Annual report of the Civil Veterinary Department, Bengal, for the year 1895-96 - 1895-1896
Year: 1895
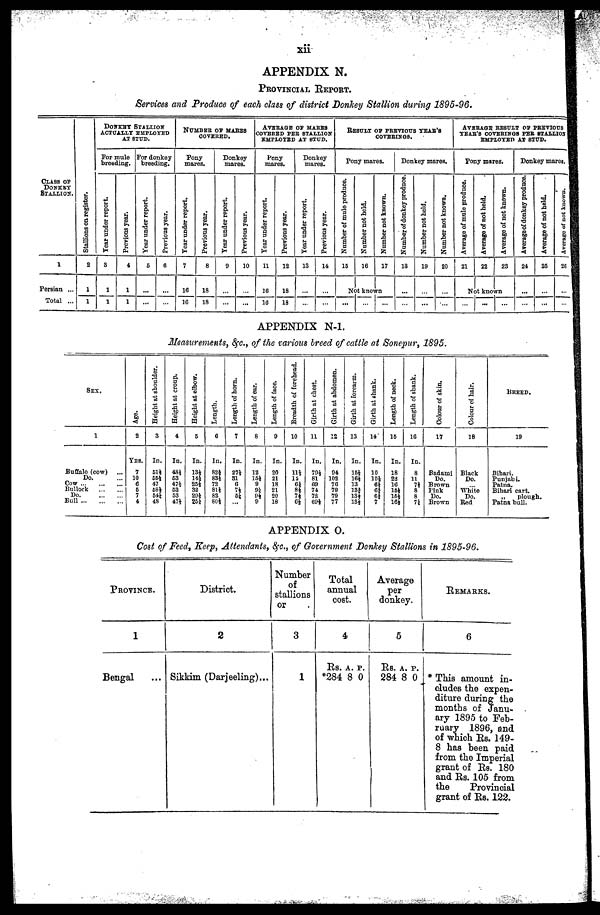
xii
APPENDIX N.
PROVINCIAL REPORT.
Services and Produce of each class of district Donkey Stallion during 1895-96.
CLASS OF
DONKEY
STALLION.
1
Persian ...
Total ...
Stallions on register.
2
1
1
DONKEY STALLION
ACTUALLY EMPLOYED
AT STUD.
For mule
breeding.
Year under report.
3
1
1
Previous year.
4
1
1
For donkey
breeding.
Year under report.
5
...
...
Previous year.
6
...
...
NUMBER OF MARES
COVERED.
Pony
mares.
Year under report.
7
10
16
Previous year.
8
18
18
Donkey
mares.
Year under report.
9
...
...
Previous year.
10
...
...
AVERAGB OF MARES
COVERED PER STALLION
EMPLOYED AT STUD.
Pony
mares.
Year under report.
11
10
10
Previous year.
12
18
18
Donkey
mares.
Year
under report.
13
...
..
Previous year.
14
...
...
RESULT OF PREVIOUS YEAR'S
COVERINGS.
Pony mares.
Number of mule produce.
15
Number not held.
10
Number not known.
17
Not known...
... ... ...
Donkey mares.
Number of donkey produce.
13
...
...
Number not held.
19
...
...
Number not known.
20
...
AVERAGE RESULT OF PREVIOUS
YEAR'S COVERINGS PER STALLION
EMPLOYED AT STUD.
Pony mares.
Average of mule produce.
21
Average of not held.
22
Average of not known.
28
Not known
... ... ...
Donkey mares.
Average of donkey produce.
24
...
...
Average of not held.
25
...
...
Average of not known.
26
...
...
APPENDIX N-1.
Measurements, &c., of the various breed of cattle at Sonepur, 1895.
SEX.
1
Buffalo (cow) ...
Do. ...
Cow ... ... ...
Bullock
Do.
...
...
Bull ... ... ...
Age.
2
YRS.
7
10
0
5 7
4
Height at shoulder.
3
In.
51½
55½
47
68*
54½
48
Height at croup.
4
In.
48½
63
47½
63
53
47½
Height at elbow.
5
In.
13*
14½
25*
82
29½
25½
Length.
6
In.
82½
83*
72
81*
82
80½
Length of horn.
7
In.
27½
31
6
7*
5½
Length of ear.
8
In.
12
15*
9
9½
9½
9
Length of face.
9
In.
20
21
18
21
20
19
Breadth of forehead.
10
In.
11*
11
6½
8*
7*
6½
Girth at chest.
11
In.
79*
81
69
74
72
69*
Girth at abdomen.
12
In.
94
102
70
79
79
77
Girth at forearm.
13
In.
15*
10*
13
13½
13½
13*
Girth at shank.
14
In.
10
10*
6½
6½
6½
7
Length of neck.
15
In.
18
22
10
16*
15½
16½
Length of sbank.
16
In.
8
11
7*
8
8
7½
Colour of skin.
17
Badami
Do.
Brown
Pink
Do.
Brown
Colour of hair.
18
Black
Do.
White
Do.
Red
BREED.
19
Bihari.
Punjabi.
Patna.
Bihari cart.
„
plough.
Patna bull.
APPENDIX O.
Cost of Feed, Keep, Attendants, &c., of Government Donkey Stallions in 1895-96.
PROVINCE.
1
Bengal ...
District.
2
Sikkim (Darjeeling)...
Number
of
stallions
or
3
1
Total
annual
cost.
4
Rs.
*284
A.
8
P.
0
Average
per
donkey.
5
Rs.
284
A.
8
P.
0
REMARKS.
6
* This amount in-
cludes the expen-
diture during the
months of Janu-
ary 1895 to Feb-
ruary 1896, and
of which Rs. 149-
8 has been paid
from the Imperial
grant of Rs. 180
and Rs. 105 from
the
Provincial
grant of Rs. 122.